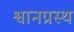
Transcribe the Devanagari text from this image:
श्वानप्रस्थ